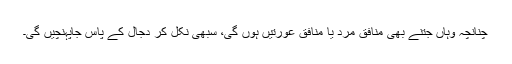
چنانچہ وہاں جتنے بھی منافق مرد یا منافق عورتیں ہوں گی، سبھی نکل کر دجال کے پاس جاپہنچیں گی۔